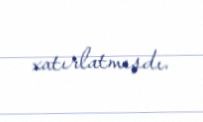
xatırlatmışdı.